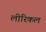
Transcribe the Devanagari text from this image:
लीरिकल